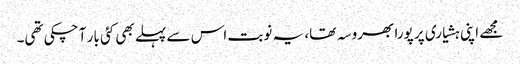
مجھے اپنی ہشیاری پر پورا بھروسہ تھا، یہ نوبت اس سے پہلے بھی کئی بار آ چکی تھی۔